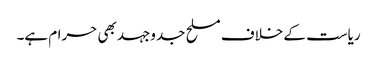
ریاست کے خلاف مسلح جدوجہد بھی حرام ہے۔